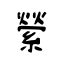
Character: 縈